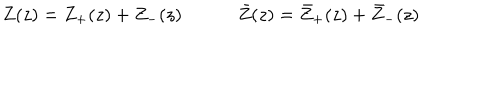
\begin{array} { c c } { { Z ( z ) = Z _ { + } ( z ) + Z _ { - } ( z ) ~ } } & { { ~ \bar { Z } ( z ) = \bar { Z } _ { + } ( z ) + \bar { Z } _ { - } ( z ) } } \\ \end{array}